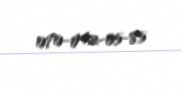
070-042-05-85